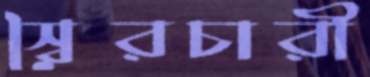
স্বৈরচারী